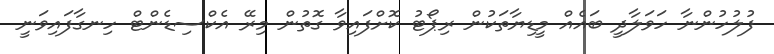
ފުލުހުންނާ ހަވަލާދީ ބައެއް މީޑިޔާތަކުން ރިޕޯޓު ކޮށްފައިވާ ގޮތުން މިރޭ އެކްސިޑެންޓް ހިނގާފައިވަނީ